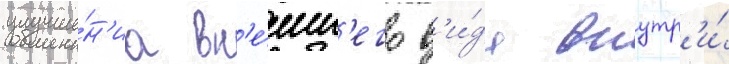
улучше́н'иа вн'е́шн'его в'и́да внутр'и́